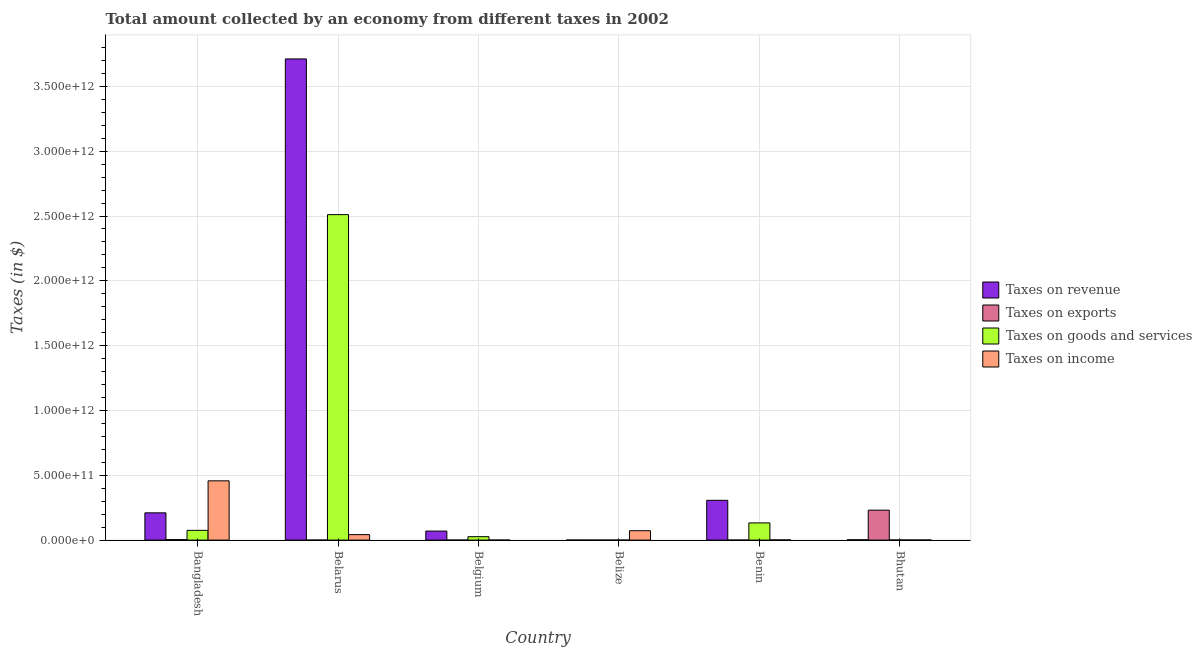
| Country | Taxes on revenue | Taxes on exports | Taxes on goods and services | Taxes on income |
 | --- | --- | --- | --- | --- |
 | Bangladesh | 2.1e+11 | 3.85e+09 | 7.52e+10 | 4.57e+11 |
 | Belarus | 3.71e+12 | 2.68e+07 | 2.51e+12 | 4.22e+10 |
 | Belgium | 6.97e+10 | 3.69e+07 | 2.63e+10 | 7.89e+07 |
 | Belize | 3.6e+08 | 1.19e+06 | 1.14e+08 | 7.25e+10 |
 | Benin | 3.07e+11 | 6.36e+05 | 1.33e+11 | 1.31e+09 |
 | Bhutan | 2.41e+09 | 2.31e+11 | 9.15e+08 | 8.41e+08 |